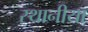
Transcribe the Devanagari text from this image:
स्थानीया